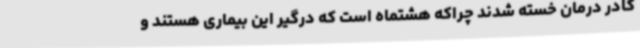
کادر درمان خسته شدند چراکه هشتماه است که درگیر این بیماری هستند و